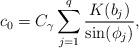
LaTeX: \begin{align*} c_0= C_\gamma \sum_{j=1}^q \frac{K(b_j)}{\sin(\phi_j)},\end{align*}